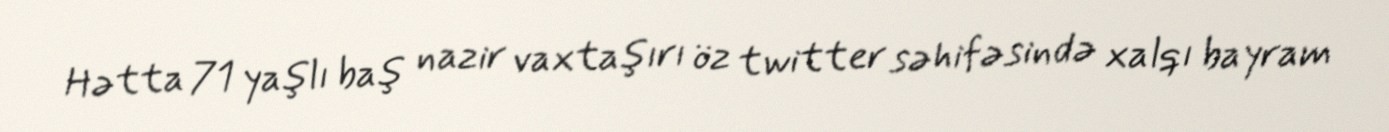
Hətta 71 yaşlı baş nazir vaxtaşırı öz twitter səhifəsində xalqı bayram